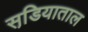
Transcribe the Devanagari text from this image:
सडि़याताल